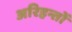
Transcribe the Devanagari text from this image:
अरिहन्तों